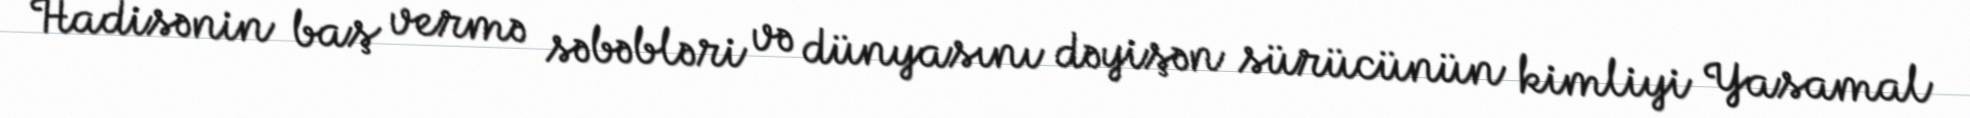
Hadisənin baş vermə səbəbləri və dünyasını dəyişən sürücünün kimliyi Yasamal